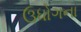
ઉધોગના